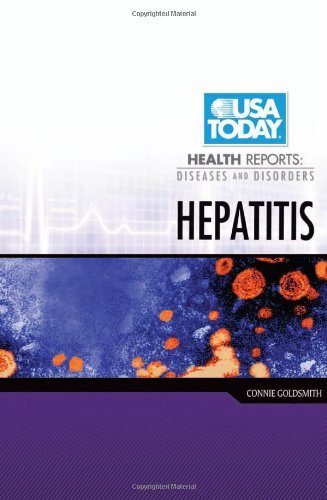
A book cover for Hepatitis (USA Today Health Reports: Diseases and Disorders); Connie Goldsmith; Health, Fitness & Dieting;